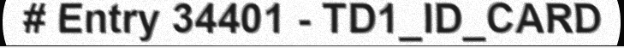
# Entry 34401 - TD1_ID_CARD